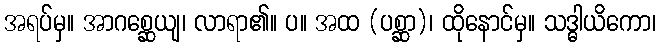
အရပ်မှ။ အာဂစ္ဆေယျ၊ လာရာ၏။ ပ။ အထ (ပစ္ဆာ)၊ ထိုနောင်မှ။ သဒ္ဓါယိကော၊